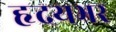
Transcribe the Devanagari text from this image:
हृदयभर